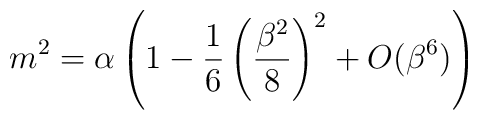
m^{2}=\alpha\left(  1-\frac{1}{6}\left(  \frac{\beta^{2}}{8}\right)^{2}+O(\beta^{6})\right)